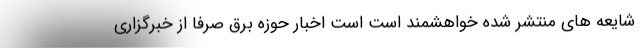
شایعه های منتشر شده خواهشمند است است اخبار حوزه برق صرفا از خبرگزاری